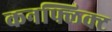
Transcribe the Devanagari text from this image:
कनफ्लिक्ट